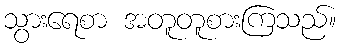
သွားရေစာ အတူတူစားကြသည်။